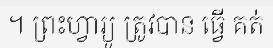
។ ព្រះហ្វារ្យូ ត្រូវបាន ធ្វើ គត់